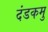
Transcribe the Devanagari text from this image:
दंडकमु